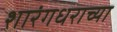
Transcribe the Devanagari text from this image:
शारंगधराच्या